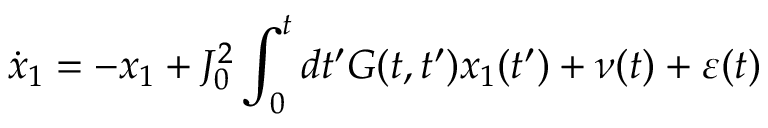
\dot { x } _ { 1 } = - x _ { 1 } + J _ { 0 } ^ { 2 } \int _ { 0 } ^ { t } d t ^ { \prime } G ( t , t ^ { \prime } ) x _ { 1 } ( t ^ { \prime } ) + \nu ( t ) + \varepsilon ( t )